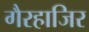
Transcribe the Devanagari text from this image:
गैरहाजिर